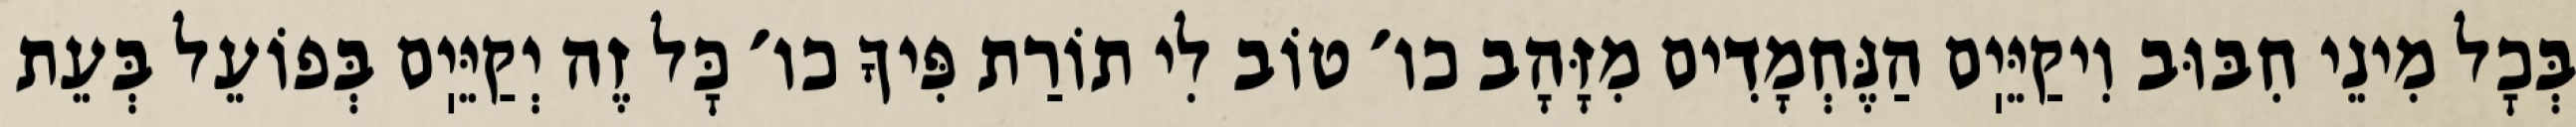
בְּכׇל מִינֵי חִבּוּב וִיקַיֵּיֽם הַנֶּחְמָדִים מִזָּהָב כו׳ טוֹב לִי תוֹרַת פִּיךָ כו׳ כׇּל זֶה יְקַיֵּיֽם בְּפוֹעֵל בְּעֵת